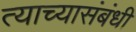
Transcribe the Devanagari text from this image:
त्याच्यासंबंधी